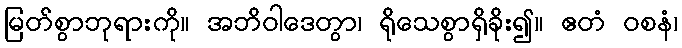
မြတ်စွာဘုရားကို။ အဘိဝါဒေတွာ၊ ရိုသေစွာရှိခိုး၍။ ဧတံ ဝစနံ၊